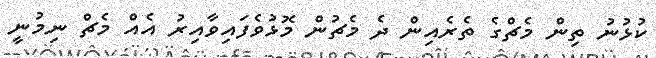
ކުޅުނު ތިން މެޗްގެ ތެރެއިން ދެ މެޗުން މޮޅުވެފައިވާއިރު އެއް މެޗް ނިމުނީ